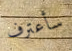
سأعترف